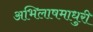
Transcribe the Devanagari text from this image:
अभिलाषमाधुरी